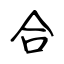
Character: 合